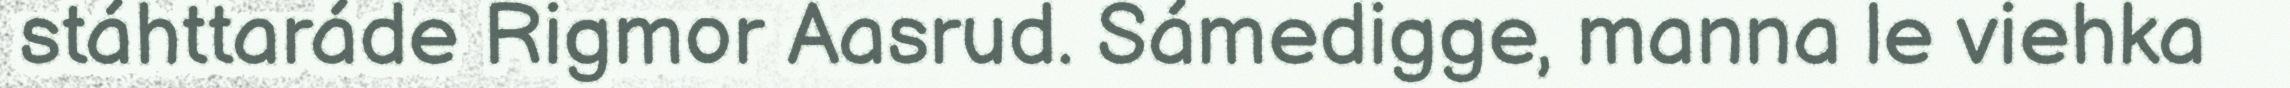
stáhttaráde Rigmor Aasrud. Sámedigge, manna le viehka